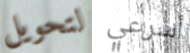
لتحويل أسرعي